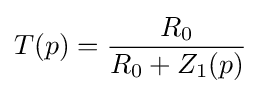
T(p)={\frac {R_{0}}{R_{0}+Z_{1}(p)}}